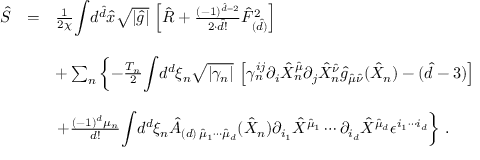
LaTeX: \begin{array} { r c l } { { \hat { S } } } & { { = } } & { { \frac { 1 } { 2 \chi } { \displaystyle \int } d ^ { \hat { d } } \hat { x } \sqrt { | \hat { g } | } \, \left[ \hat { R } + \frac { ( - 1 ) ^ { \hat { d } - 2 } } { 2 \cdot \hat { d } ! } \hat { F } _ { ( \hat { d } ) } ^ { 2 } \right] } } \\ { { } } & { { } } & { { } } \\ { { } } & { { } } & { { + \sum _ { n } \left\{ - \frac { T _ { n } } { 2 } { \displaystyle \int } d ^ { d } \xi _ { n } \sqrt { | \gamma _ { n } | } \, \left[ \gamma _ { n } ^ { i j } \partial _ { i } \hat { X } _ { n } ^ { \hat { \mu } } \partial _ { j } \hat { X } _ { n } ^ { \hat { \nu } } \hat { g } _ { \hat { \mu } \hat { \nu } } ( \hat { X } _ { n } ) - ( \hat { d } - 3 ) \right] \right. } } \\ { { } } & { { } } & { { } } \\ { { } } & { { } } & { { \left. + \frac { ( - 1 ) ^ { d } \mu _ { n } } { d ! } { \displaystyle \int } d ^ { d } \xi _ { n } \hat { A } _ { ( d ) \, \hat { \mu } _ { 1 } \cdots \hat { \mu } _ { d } } ( \hat { X } _ { n } ) \partial _ { i _ { 1 } } \hat { X } ^ { \hat { \mu } _ { 1 } } \cdots \partial _ { i _ { d } } \hat { X } ^ { \hat { \mu } _ { d } } \epsilon ^ { i _ { 1 } \cdots i _ { d } } \right\} \, . } } \end{array}